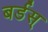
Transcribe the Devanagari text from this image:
बर्डस्